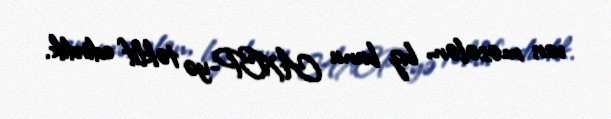
var; məsələn, biz bunu AXCP-yə təklif edirdik.